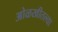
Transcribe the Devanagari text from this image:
ओळखीतल्या